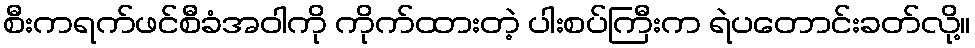
စီးကရက်ဖင်စီခံအဝါကို ကိုက်ထားတဲ့ ပါးစပ်ကြီးက ရဲပတောင်းခတ်လို့။